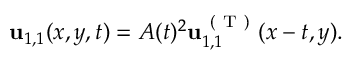
\begin{array} { r } { \mathbf { u } _ { 1 , 1 } ( x , y , t ) = A ( t ) ^ { 2 } \mathbf { u } _ { 1 , 1 } ^ { \mathrm { ~ ( ~ T ~ ) ~ } } ( x - t , y ) . } \end{array}